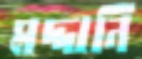
মদ্দানি